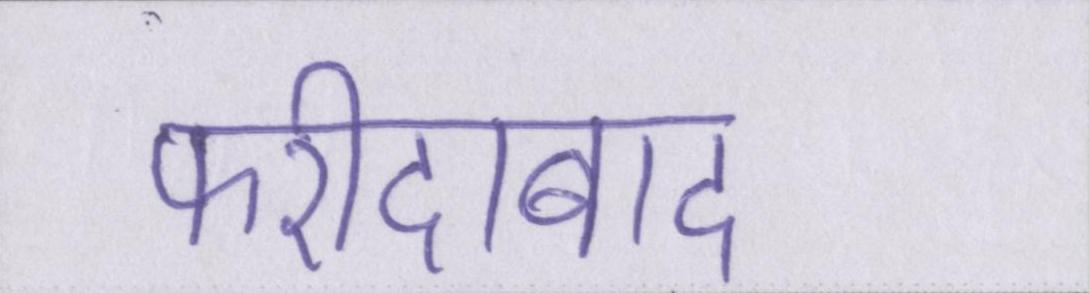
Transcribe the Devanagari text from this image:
फरीदाबाद